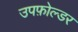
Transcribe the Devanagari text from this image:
उपफ़ोल्डर